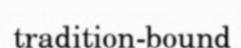
tradition-bound